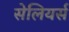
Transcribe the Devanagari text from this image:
सेलियर्स